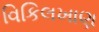
વિકિલખાણ